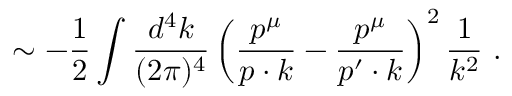
\sim - { \frac { 1 } { 2 } } \int { \frac { d ^ { 4 } k } { ( 2 \pi ) ^ { 4 } } } \left( { \frac { p ^ { \mu } } { p \cdot k } } - { \frac { p ^ { \mu } } { p ^ { \prime } \cdot k } } \right) ^ { 2 } { \frac { 1 } { k ^ { 2 } } } \ .